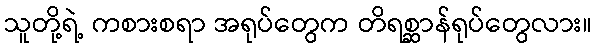
သူတို့ရဲ့ ကစားစရာ အရုပ်တွေက တိရစ္ဆာန်ရုပ်တွေလား။